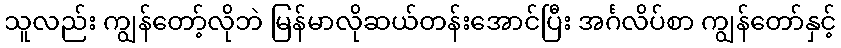
သူလည်း ကျွန်တော့်လိုဘဲ မြန်မာလိုဆယ်တန်းအောင်ပြီး အင်္ဂလိပ်စာ ကျွန်တော်နှင့်